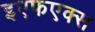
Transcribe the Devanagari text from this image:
इएफएक्स